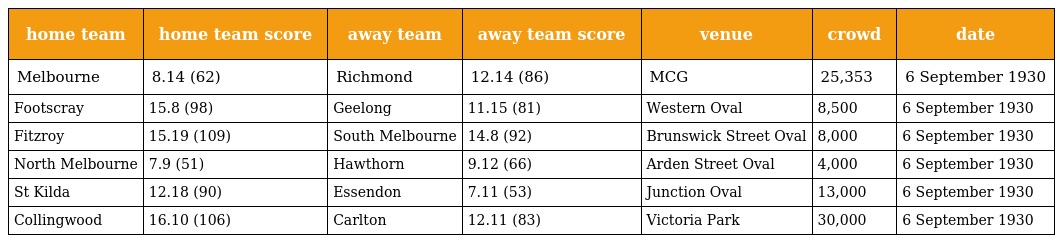
| home team | home team score | away team | away team score | venue | crowd | date |
 | --- | --- | --- | --- | --- | --- | --- |
 | Melbourne | 8.14 (62) | Richmond | 12.14 (86) | MCG | 25,353 | 6 September 1930 |
 | Footscray | 15.8 (98) | Geelong | 11.15 (81) | Western Oval | 8,500 | 6 September 1930 |
 | Fitzroy | 15.19 (109) | South Melbourne | 14.8 (92) | Brunswick Street Oval | 8,000 | 6 September 1930 |
 | North Melbourne | 7.9 (51) | Hawthorn | 9.12 (66) | Arden Street Oval | 4,000 | 6 September 1930 |
 | St Kilda | 12.18 (90) | Essendon | 7.11 (53) | Junction Oval | 13,000 | 6 September 1930 |
 | Collingwood | 16.10 (106) | Carlton | 12.11 (83) | Victoria Park | 30,000 | 6 September 1930 |